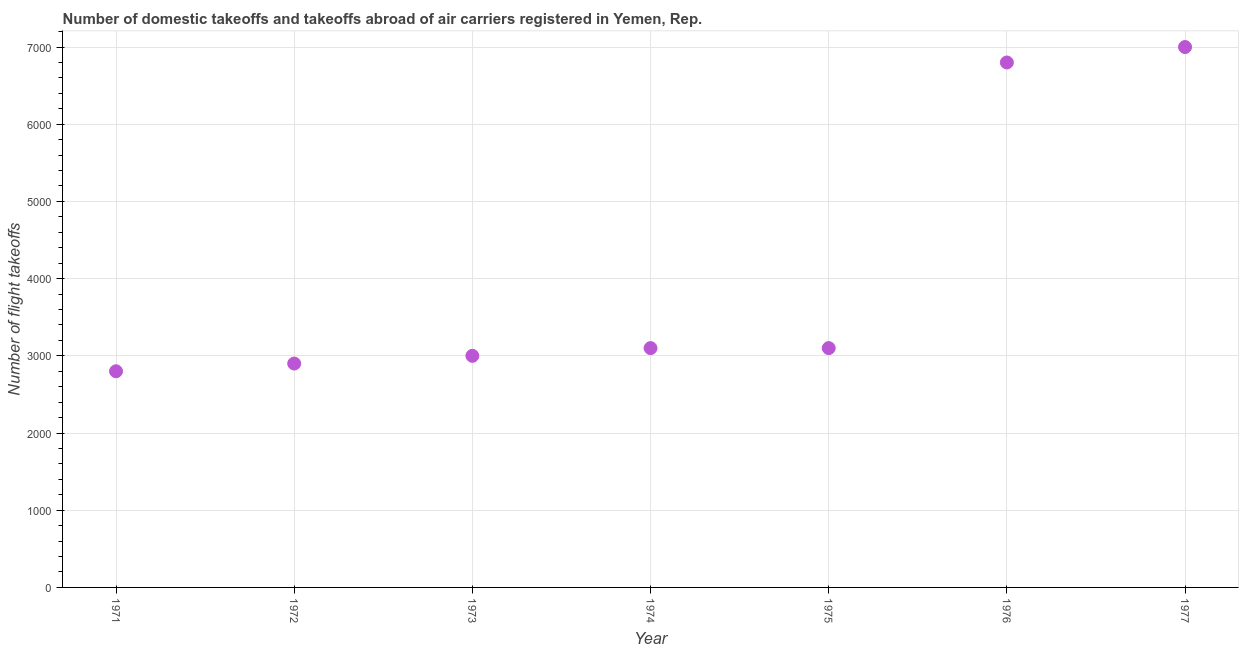
| Year | Air transport |
 | --- | --- |
 | 1971 | 2.8e+03 |
 | 1972 | 2.9e+03 |
 | 1973 | 3e+03 |
 | 1974 | 3.1e+03 |
 | 1975 | 3.1e+03 |
 | 1976 | 6.8e+03 |
 | 1977 | 7e+03 |